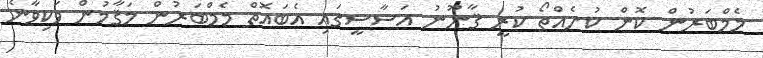
މެމްބަރުން ކޮން ކުށެއްތޯ ކުރީ ޤާނޫނު އަސާސީގައި އެބައޮތް މެމްބަރުން މަޤާމުން ވަކިވާނެ